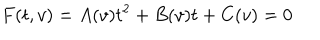
F ( t , v ) = A ( v ) t ^ { 2 } + B ( v ) t + C ( v ) = 0